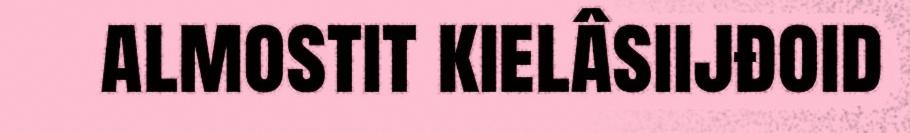
almostit kielâsiijđoid